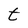
Character: t